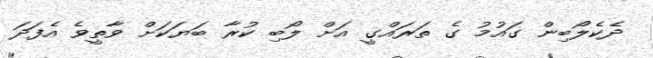
ދެކެލޯބިން ގައުމު ގެ ތަރައްގީ އަށް ލޯބި ކުރާ ބަޔަކަށް ވާތީވެ އެފަދަ